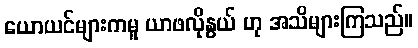
ယောယင်များကမူ ယာဖလိုနွယ် ဟု အသိများကြသည်။